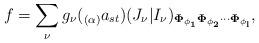
LaTeX: \begin{align*} f = \sum_{\nu} g_{\nu}({}_{(\alpha)}a_{st}) (J_{\nu}|I_{\nu})_{\mathbf{\Phi_{\phi_1}}\mathbf{\Phi_{\phi_2}} \cdots \mathbf{\Phi_{\phi_l}}}, \end{align*}